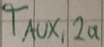
Text: TAUX,2a